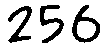
256